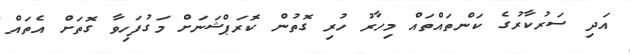
އަދި ސަރުކާރުގެ ކަންތައްތައް މިހާރު ހުރި ގޮތުން ކޮރަޕްޝަނަށް މަގުފަހިވާ ގޮތަށް އެތައް